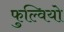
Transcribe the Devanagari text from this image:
फुल्वियो